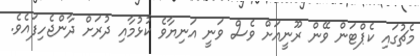
މެޗުގައި ކެޕްޓަން ވޭން ރޫނީއަށް ވެސް ވަނީ އަނިޔާވެ ކުޅުމާއި ދުރަށް ދާންޖެހިފައެވެ.